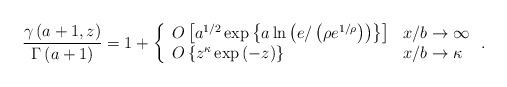
LaTeX: \begin{align*}\frac{\gamma\left( a+1,z\right) }{\Gamma\left( a+1\right) }=1+\left\{\begin{array}[c]{ll}O\left[ a^{1/2}\exp\left\{ a\ln\left( e/\left( \rho e^{1/\rho}\right)\right) \right\} \right] & x/b\rightarrow\infty\\O\left\{ z^{\kappa}\exp\left( -z\right) \right\} & x/b\rightarrow\kappa\end{array}\right. .\end{align*}